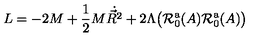
L = - 2 M + { \frac { 1 } { 2 } } M \dot { \vec { R } ^ { 2 } } + 2 \Lambda \bigl ( { \cal R } _ { 0 } ^ { \mathrm { a } } ( A ) { \cal R } _ { 0 } ^ { \mathrm { a } } ( A ) \bigr )